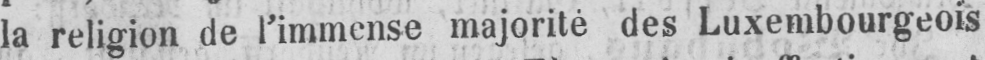
la religion de l’immense majorité des Luxembourgeois